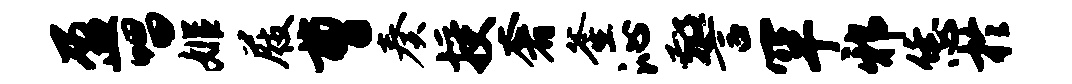
盈唱姬屐曹奏授奢釜沁警罕邪恁於